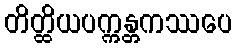
တိတ္ထိယပက္ကန္တကဿပေ